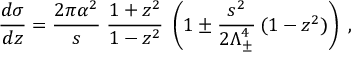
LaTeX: \frac { d \sigma } { d z } = \frac { 2 \pi \alpha ^ { 2 } } { s } \; \frac { 1 + z ^ { 2 } } { 1 - z ^ { 2 } } \; \left( 1 \pm \frac { s ^ { 2 } } { 2 \Lambda _ { \pm } ^ { 4 } } \, ( 1 - z ^ { 2 } ) \right) \; ,